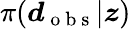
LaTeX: \pi(\boldsymbol{d}_{\mathrm{~o~b~s~}}|\boldsymbol{z})